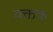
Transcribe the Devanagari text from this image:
वक्तक